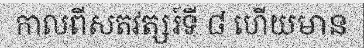
កាលពីសតវត្សរ៍ទី ៨ ហើយមាន